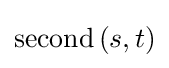
\mathrm {second} \,(s,t)